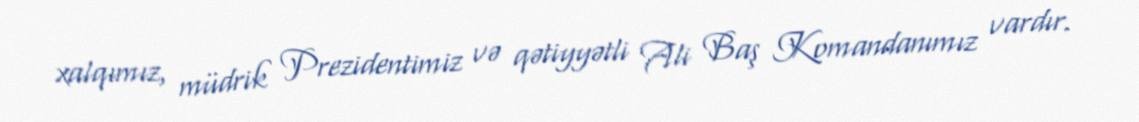
xalqımız, müdrik Prezidentimiz və qətiyyətli Ali Baş Komandanımız vardır.